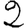
Digit: 2